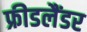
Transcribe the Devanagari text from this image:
फ्रीडलैंडर